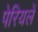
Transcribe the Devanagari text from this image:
पेरियलें